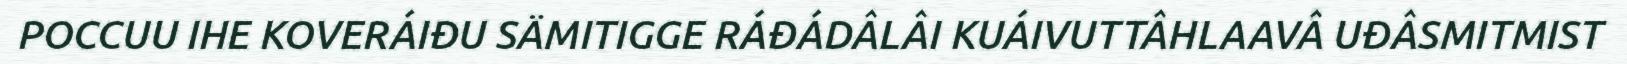
POCCUU IHE KOVERÁIĐU SÄMITIGGE RÁĐÁDÂLÂI KUÁIVUTTÂHLAAVÂ UĐÂSMITMIST